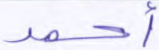
أحمد